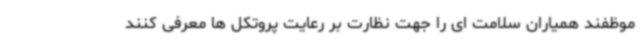
موظفند همیاران سلامت ای را جهت نظارت بر رعایت پروتکل ها معرفی کنند